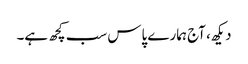
دیکھ، آج ہمارے پاس سب کچھ ہے۔